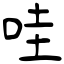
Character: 哇